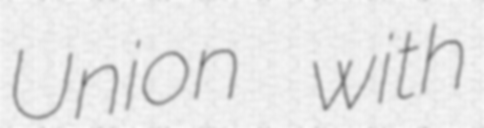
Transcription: Union with